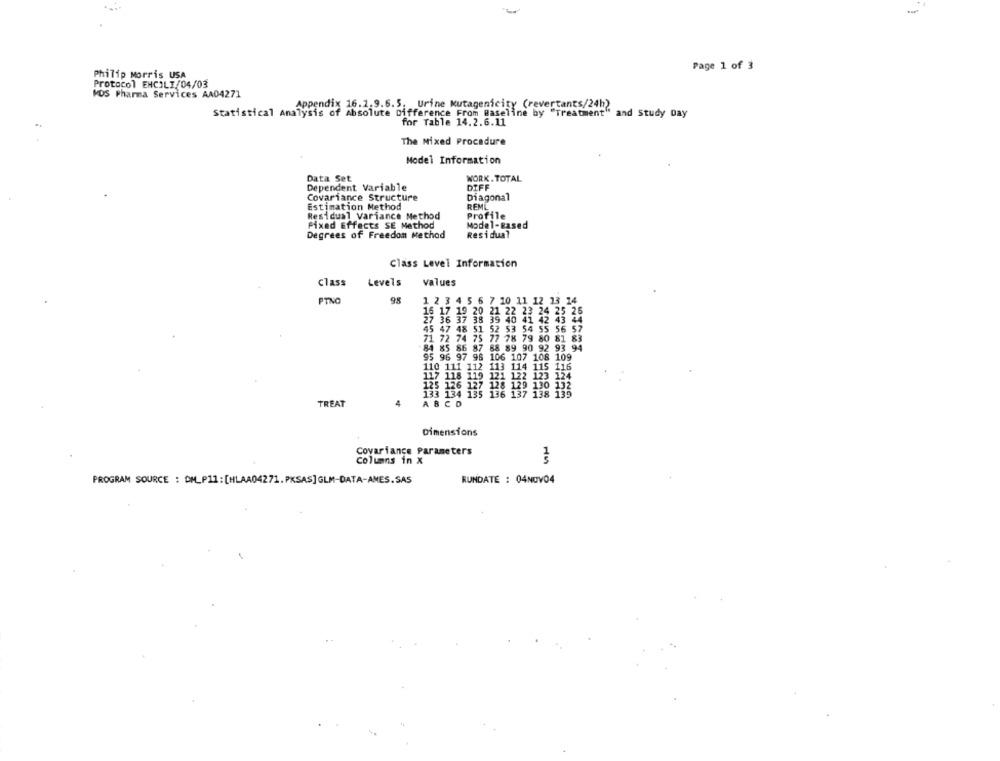
-
Page 1 of 3
Philip Morris USA
Protocol EHCILI/04/03
KOS Pharma Services AA04271
Appendix 16.1.9.6.5. Urine Mutagenicity (revertants/24h)
Statistical Analysis of Absolute Difference From Baseline by "Treatment" and Study Day
for Table 14.2.6.11
The Nixed Procedure
Model Information
Data Set
WORK. TOTAL
Dependent Variable
DIFF
Covariance Structure
Diagonal
Estimation Method
REML
Residual Variance Method
Profile
Fixed Effects SE Method
Model-Based
Degrees of Freedom Method
Residual
Class Level Information
Levels
values
Class
PTNO
1 2 3 4 5 6 7 10 11 12 13 14
16 17 19 20 21 22 23 24 25 26
27 36 37 38 39 40 41 42 43 44
45 47 48 51 52 53 54 55 56 57
71 72 74 75 77 78 79 80 81 83
84 85 86 87 68 89 90 92 93 94
95 96 97 98 106 107 108 109
117 118
133 134 135 136 137 138 139
TREAT
4
ABCD
Dimensions
Covariance Parameters
Columns in X
PROGRAM SOURCE : DM_P11: [HLAA04271. PKSAS] GLM-DATA-AMES.SAS
RUNDATE : 04NOV04